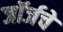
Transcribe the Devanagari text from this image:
जॉर्जचे